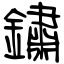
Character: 鏽